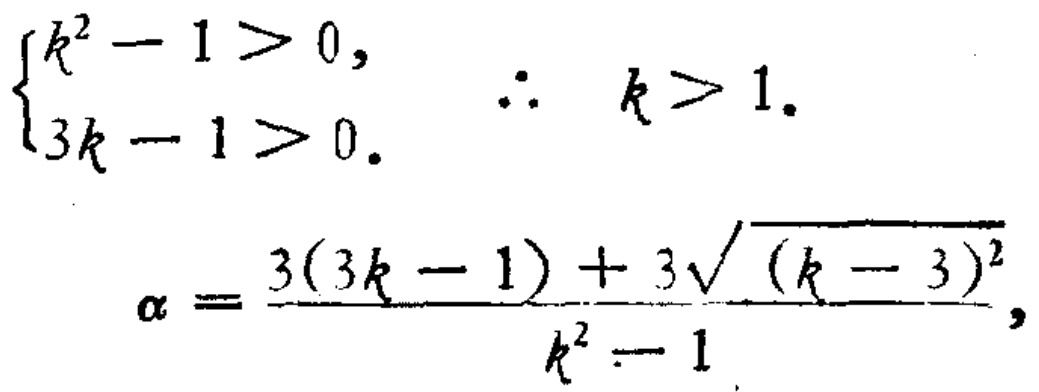
\[
\begin{cases}
k^{2}-1 > 0, \\
3k - 1 > 0.
\end{cases}
\therefore k > 1.
\]
\[
\alpha=\frac{3(3k - 1)+3\sqrt{(k - 3)^{2}}}{k^{2}-1},
\]